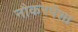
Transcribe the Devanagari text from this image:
नौकरपेशा